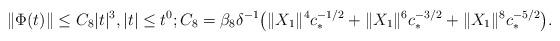
LaTeX: \begin{align*} \| \Phi (t) \| \le C_{8} |t|^3, |t| \le t^0;C_{8} = \beta_{8} \delta^{-1} \bigl( \|X_1\|^4 c_*^{-1/2} + \|X_1\|^6 c_*^{-3/2} + \|X_1\|^8 c_*^{-5/2}\bigr).\end{align*}